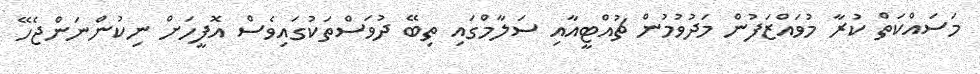
މަސައްކަތް ކުރާ މުވައްޒަފުން މަދުވުމުން ޗުއްޓީއާއި ސަލާމްގައި ތިބޭ ދުވަސްތަކުގައިވެސް އޮފީހަށް ނިކުންނަންޖެހޭ